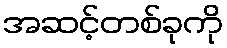
အဆင့်တစ်ခုကို